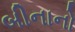
બીનાનો